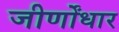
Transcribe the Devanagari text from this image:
जीर्णोंधार